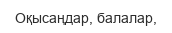
Оқысаңдар, балалар,